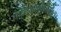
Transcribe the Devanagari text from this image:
कैलिग्राफीविकास